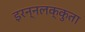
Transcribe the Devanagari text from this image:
इरन्नलक्कुता